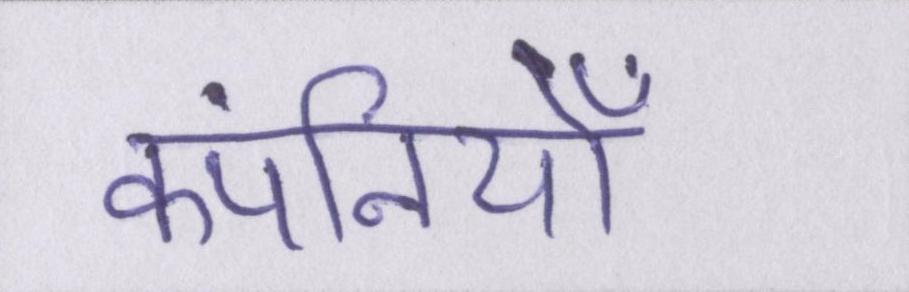
कंपनियोँ